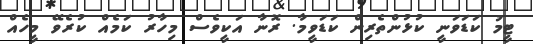
ޓީމު ކަޑަވަނީ ކުޅުންތެރިން ކަޑަވީމާ. ރޮނާ އަކީވެސް މިހާރު ކަމެއް ކުރެވޭ މީހެއް